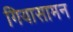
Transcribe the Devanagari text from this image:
गियासामन